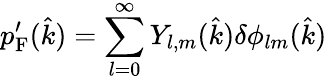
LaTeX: p_{\mathrm{{F}}}^{\prime}({\hat{k}})=\sum_{l=0}^{\infty}Y_{l,m}({\hat{k}})\delta\phi_{lm}({\hat{k}})